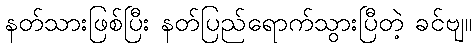
နတ်သားဖြစ်ပြီး နတ်ပြည်ရောက်သွားပြီတဲ့ ခင်ဗျ။